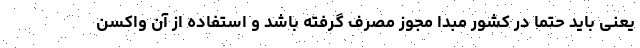
یعنی باید حتما در کشور مبدا مجوز مصرف گرفته باشد و استفاده از آن واکسن